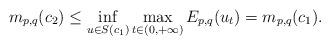
LaTeX: \begin{align*}m_{p,q}(c_{2})\leq\inf_{u\in S(c_{1})}\max_{t\in(0,+\infty)}E_{p,q}(u_{t})=m_{p,q}(c_{1}).\end{align*}